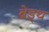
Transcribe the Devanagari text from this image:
ब्रेड्थ